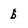
Character: b